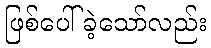
ဖြစ်ပေါ်ခဲ့သော်လည်း